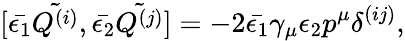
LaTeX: [\bar{\epsilon_{1}}\tilde{Q^{(i)}},\bar{\epsilon_{2}}\tilde{Q^{(j)}}]=-2\bar{\epsilon_{1}}\gamma_{\mu}\epsilon_{2}p^{\mu}\delta^{(ij)},